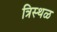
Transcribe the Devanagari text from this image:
त्रिस्थळ